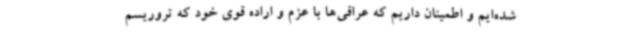
شده‌ایم و اطمینان داریم که عراقی‌ها با عزم و اراده قوی خود که تروریسم